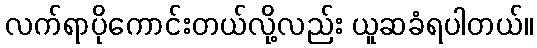
လက်ရာပိုကောင်းတယ်လို့လည်း ယူဆခံရပါတယ်။